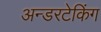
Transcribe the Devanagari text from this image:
अन्डरटेकिंग